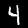
Digit: 4